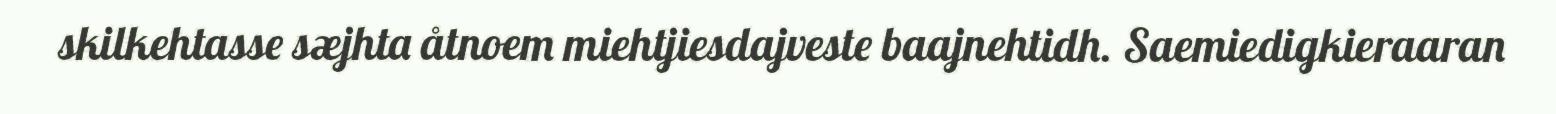
skilkehtasse sæjhta åtnoem miehtjiesdajveste baajnehtidh. Saemiedigkieraaran